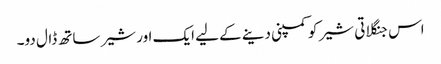
اس جنگلاتی شیر کو کمپنی دینے کے لیے ایک اور شیر ساتھ ڈال دو۔